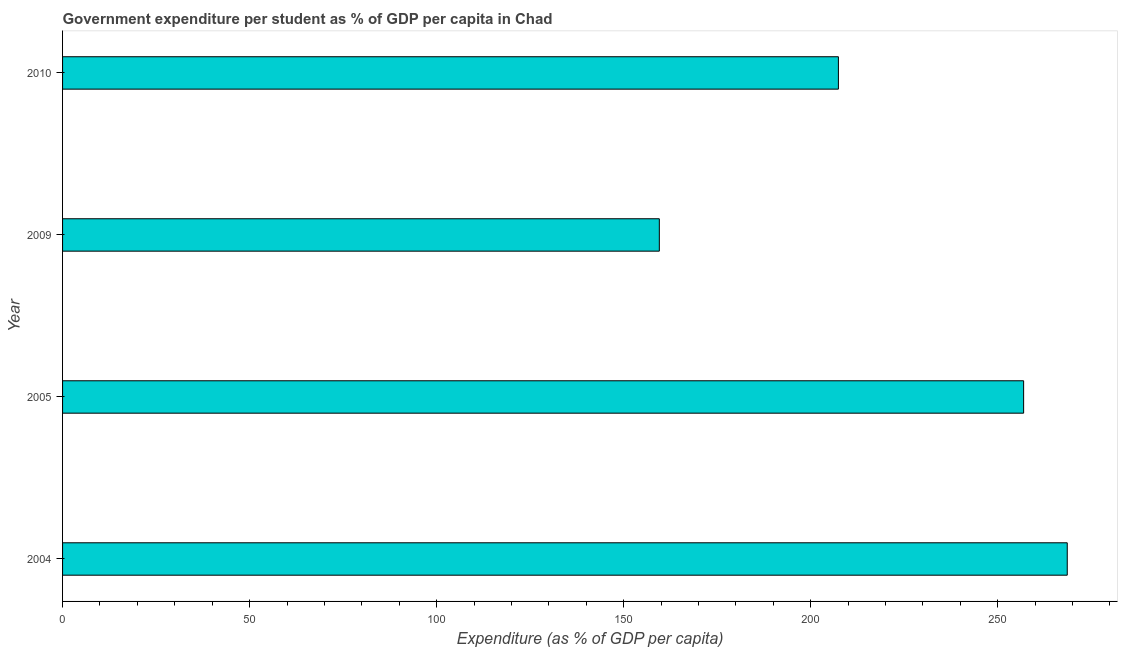
| Year | Government expenditure per tertiary student |
 | --- | --- |
 | 2004 | 269 |
 | 2005 | 257 |
 | 2009 | 160 |
 | 2010 | 207 |